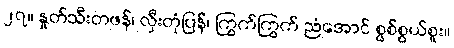
၂၇။ နှုတ်သီးတဖန်၊ လှီးတုံပြန်၊ ကြွက်ကြွက် ညံအောင် စွစ်စွယ်စူး။